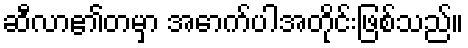
ဆီလာ၏တမှာ အောက်ပါအတိုင်းဖြစ်သည်။